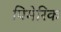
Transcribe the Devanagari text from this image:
पिमेरिक